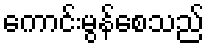
ကောင်းမွန်စေသည်